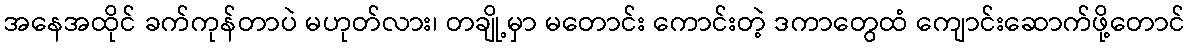
အနေအထိုင် ခက်ကုန်တာပဲ မဟုတ်လား၊ တချို့မှာ မတောင်း ကောင်းတဲ့ ဒကာတွေထံ ကျောင်းဆောက်ဖို့တောင်